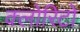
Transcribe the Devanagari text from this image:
क्लोरिटो